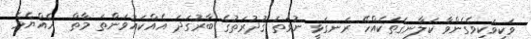
ވަކިވަކިވެގެންވާ ކަލާނގެތަކެއްހޭ ރަނގަޅީ ނުވަތަ ޤުދުރަތުގެ ބާރުގަދަ އެއްކައުވަންތަ މާތް  ހެއްޔެވެ